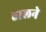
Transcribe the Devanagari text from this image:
हालने